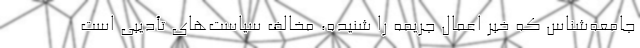
جامعه‌شناس که خبر اعمال جریمه را شنیده، مخالف سیاست‌های تأدیبی است